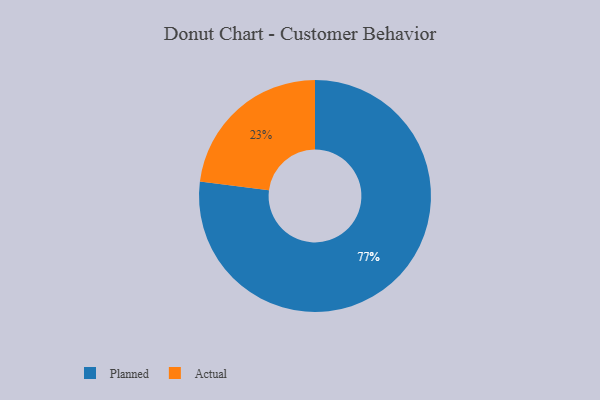
{"axis": {"x": "Category", "y": "Percentage"}, "legend": ["Actual", "Planned"], "data": [{"x": "Actual", "y": 23, "type": "Actual"}, {"x": "Planned", "y": 77, "type": "Planned"}]}